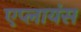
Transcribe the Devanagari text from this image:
एप्लायंस